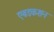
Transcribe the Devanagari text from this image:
एबडकशन